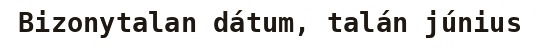
Bizonytalan dátum, talán június